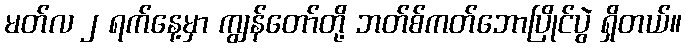
မတ်လ ၂ ရက်နေ့မှာ ကျွန်တော်တို့ ဘတ်စ်ကတ်ဘောပြိုင်ပွဲ ရှိတယ်။